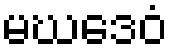
မဃဒေဝံ